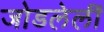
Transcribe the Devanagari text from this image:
जोडलेलीं